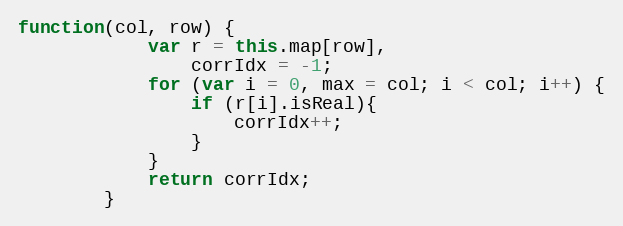
Language: JavaScript
function(col, row) {
            var r = this.map[row],
                corrIdx = -1;
            for (var i = 0, max = col; i < col; i++) {
                if (r[i].isReal){
                    corrIdx++;
                }
            }
            return corrIdx;
        }